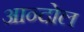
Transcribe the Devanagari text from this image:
आन्दोल